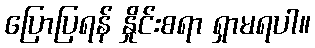
ပြောပြရန် နှိုင်းစရာ ရှာမရပါ။